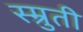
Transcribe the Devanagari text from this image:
स्म्रुती